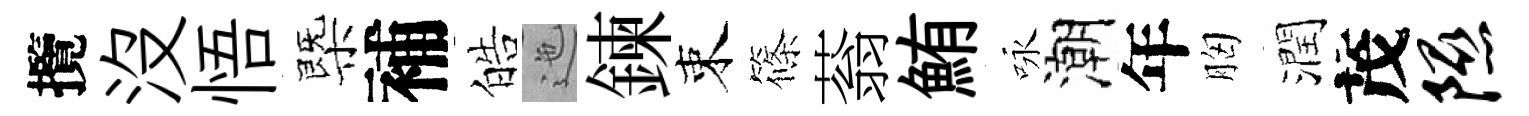
攬没悟㮣補皓迤鍊束篠蓊鮪咏潮年胸潤茂隰